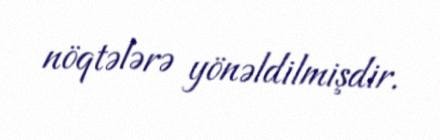
nöqtələrə yönəldilmişdir.